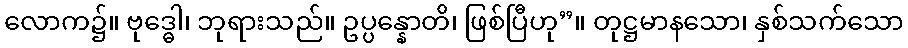
လောက၌။ ဗုဒ္ဓေါ၊ ဘုရားသည်။ ဥပ္ပန္နောတိ၊ ဖြစ်ပြီဟု”။ တုဋ္ဌမာနသော၊ နှစ်သက်သော